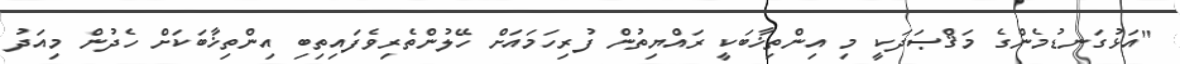
"އަޅުގަނޑުމެންގެ މަޤްޞަދަކީ މި އިންތިޚާބަކީ ރައްޔިތުން ފުރިހަމައަށް ހޭލުންތެރިވެފައިތިބި އިންތިޚާބަކަށް ހެދުން މިއަދު